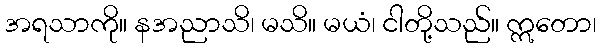
အရသာကို။ နအညာသိ၊ မသိ။ မယံ၊ ငါတို့သည်။ ဣတော၊